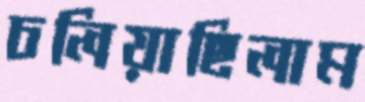
চলিয়াছিলাম